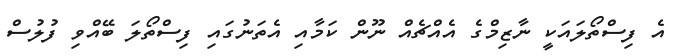
އެ ފިސްތޯލައަކީ ނާޒިމްގެ އެއްޗެއް ނޫން ކަމާއި އެތަނުގައި ފިސްތޯލަ ބޭއްވި ފުލުސް